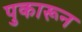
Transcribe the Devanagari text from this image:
पुकारून